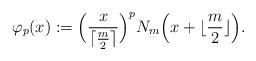
LaTeX: \begin{align*}\varphi_{p}(x) := \Big ( \frac{x}{\lceil \frac{m}{2} \rceil } \Big )^{p} N_{m} \Big ( x + \lfloor \frac{m}{2} \rfloor \Big ) .\end{align*}